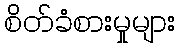
စိတ်ခံစားမှုများ